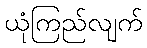
ယုံကြည်လျက်